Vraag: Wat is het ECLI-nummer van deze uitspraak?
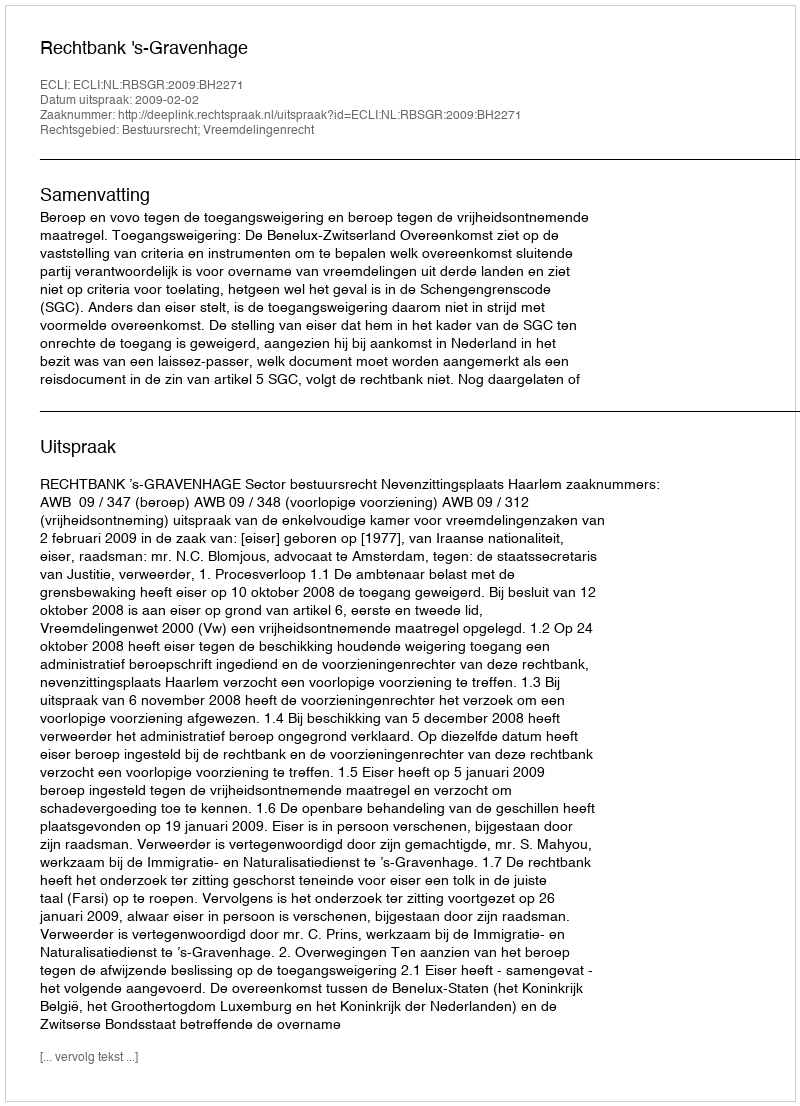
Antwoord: ECLI:NL:RBSGR:2009:BH2271